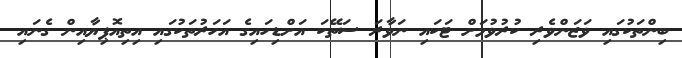
ބިންތަކުގައި ވަޒަންވެރި ކުރުވުމަށް ޓަކައި ނަވާރަ ސަތޭކަ އަށްޑިހައިގެ އަހަރުތަކުގައި އިތިއޮޕިޔާއިން ގެނައި